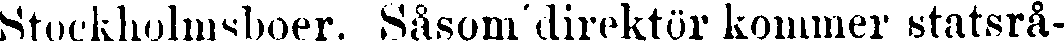
Stockholmsboer. Såsom direktör kommer statsrå-